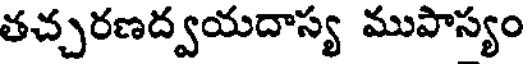
తచ్చరణద్వయదాస్య ముపాస్యం